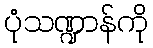
ပုံသဏ္ဍာန်ကို